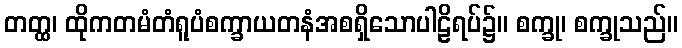
တတ္ထ၊ ထိုကတမံတံရူပံစက္ခာယတနံအစရှိသောပါဠိရပ်၌။ စက္ခု၊ စက္ခုသည်။